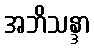
အဘိသန္ဒာ